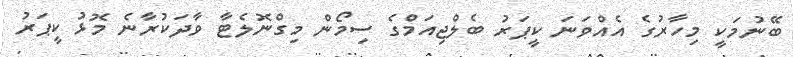
ބޭނުމަކީ މިހާރުގެ އެއްވަނަ ކީޕަރު ބެލްޖިއަމްގެ ސިމޯން މިގްނޮލެޓާ ވާދަކުރާނެ މޮޅު ކީޕަރު